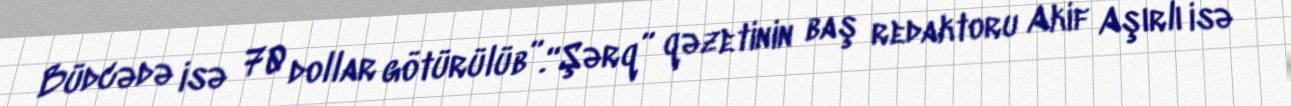
Büdcədə isə 70 dollar götürülüb”.“Şərq” qəzetinin baş redaktoru Akif Aşırlı isə